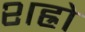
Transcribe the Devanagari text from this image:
शह्रो